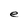
Character: e